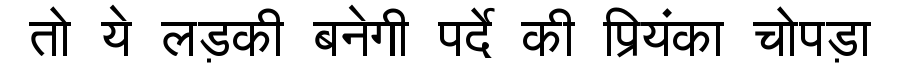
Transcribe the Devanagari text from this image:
तो ये लड़की बनेगी पर्दे की प्रियंका चोपड़ा